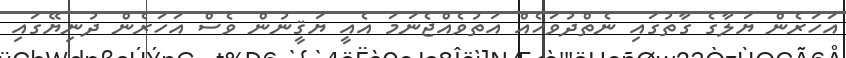
އަހަރެން ޔަލާގެ ގާތުގައި ނެތްދުވަހެއް އަތުވެއްޖެނަމަ އެއީ ޔަޤީނުން ވެސް އަހަރެން ދުނިޔޭގައި